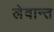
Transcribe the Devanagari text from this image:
लेवान्त